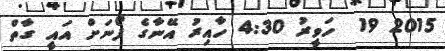
2015 19  ހަވީރު 4:30 ހާއިރު އޭނާގެ ފޯނަށް އައީ ގާތް